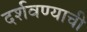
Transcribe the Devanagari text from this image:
दर्शवण्याची